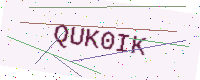
Text: QUK0IK